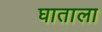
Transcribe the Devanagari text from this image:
घाताला